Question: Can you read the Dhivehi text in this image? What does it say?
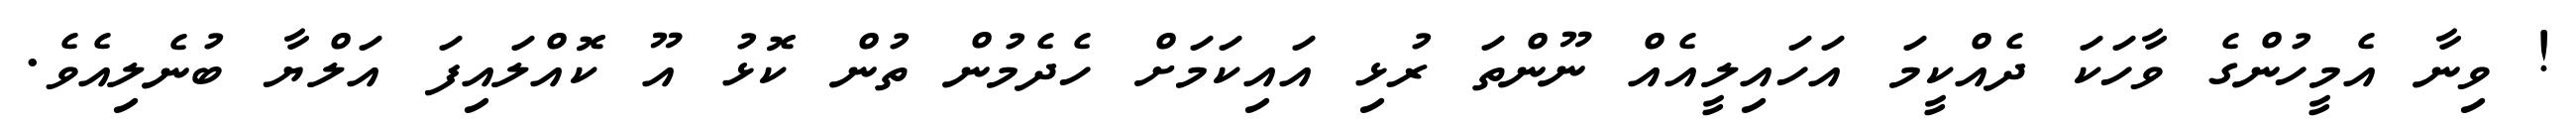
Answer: ! ވިނާ އެމީހުންގެ ވާހަކަ ދެއްކީމަ އަހައިލީއެއް ނޫންތަ ރުޅި އައިކަމަށް ހެދެމުން ތުން ކޮޅު އޫ ކޮއްލައިފަ އަލްޔާ ބުނެލިއެވެ.